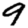
Digit: 9